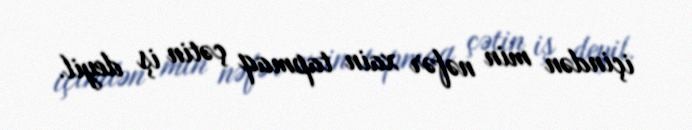
içindən min nəfər xain tapmaq çətin iş deyil.